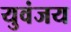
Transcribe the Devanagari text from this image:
युवंजय